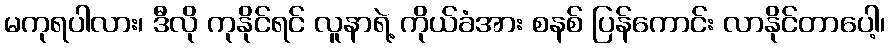
မကုရပါလား၊ ဒီလို ကုနိုင်ရင် လူနာရဲ့ ကိုယ်ခံအား စနစ် ပြန်ကောင်း လာနိုင်တာပေါ့၊